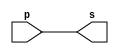
// -------------------------
// Exemplo0001 - buffer
// Nome: Guilherme Augusto Bueno Borba
// -------------------------
// -------------------------
// -- buffer
// -------------------------
module buffer (output s, input p);
assign s = p; // criar vinculo permanente
                        // (dependencia)
endmodule // buffer
// -------------------------
// -- test buffer
// -------------------------
module testbuffer;
// ------------------------- dados locais
   reg   a;    // definir registrador
                   // (variavel independente)
   wire  s;    // definir conexao (fio)
                   // (variavel dependente  )
// ------------------------- instancia
   buffer BF1 (s, a);
// ------------------------- preparacao
   initial begin:start
      a=0;     // valor inicial
    end
// ------------------------- parte principal
initial begin:main
               // execucao unitaria
      $display("Exemplo 0001 - Guilherme Augusto Bueno	Borba - 451564");
      $display("Test buffer:");
      $display("\t      time\ta = s");
               // execucao permanente
      $monitor("%d\t%b = %b", $time, a, s);
               // apos uma unidade de tempo
// mudar valor do registrador para 0
  #1  a=1;
               // apos duas unidades de tempo
// mudar valor do registrador para 1
  #2  a=0;
end
endmodule // testbuffer